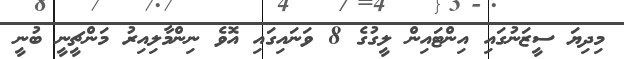
މިދިޔަ ސީޒަނުގައި އިންޓައިން ލީގުގެ 8 ވަނައިގައި އޮވެ ނިންމާލިއިރު މަންޗީނީ ބުނީ